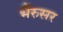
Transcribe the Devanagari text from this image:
भैंरुसर